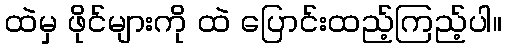
ထဲမှ ဖိုင်များကို ထဲ ပြောင်းထည့်ကြည့်ပါ။